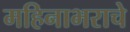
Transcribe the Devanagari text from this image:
महिनाभराचे